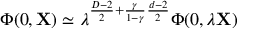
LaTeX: \Phi ( 0 , { \bf X } ) \simeq \lambda ^ { \frac { D - 2 } { 2 } + \frac { \gamma } { 1 - \gamma } \frac { d - 2 } { 2 } } \Phi ( 0 , \lambda { \bf X } )